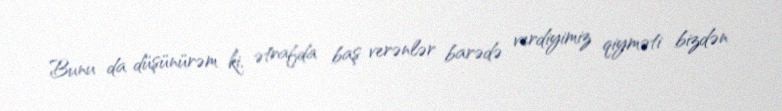
Bunu da düşünürəm ki, ətrafda baş verənlər barədə verdiyimiz qiyməti bizdən